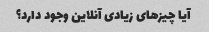
آیا چیزهای زیادی آنلاین وجود دارد؟